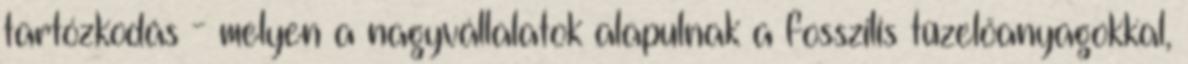
tartózkodás - melyen a nagyvállalatok alapulnak a fosszilis tüzelőanyagokkal,